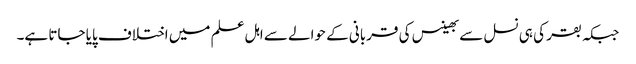
جبکہ بقر کی ہی نسل سے بھینس کی قربانی کے حوالے سے اہل علم میں اختلاف پایا جاتا ہے۔